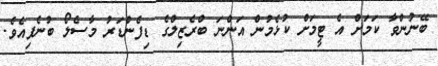
ބޭނުންވާ ކަމަށް އެ ޓީމަށް ކުޅެމުން އަންނަ ބްރެޒިލްގެ ޑިފެންޑަރު މާސެލޯ ބުނެފިއެވެ.